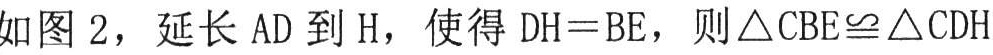
如图 2，延长 AD 到 H，使得 DH = BE，则\(\triangle CBE\cong\triangle CDH\)